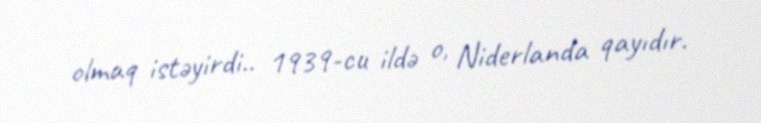
olmaq istəyirdi.. 1939-cu ildə o, Niderlanda qayıdır.